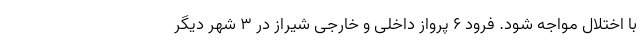
با اختلال مواجه شود. فرود 6 پرواز داخلی و خارجی شیراز در 3 شهر دیگر